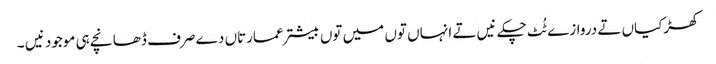
کھڑکیاں تے دروازے ٹُٹ چکے نیں تے انہاں تو‏ں میں تو‏ں بیشتر عمارتاں دے صرف ڈھانچے ہی موجود نیں ۔